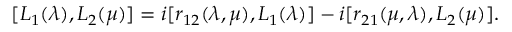
[ L \sb 1 ( \lambda ) , L \sb 2 ( \mu ) ] = i [ r \sb { 1 2 } ( \lambda , \mu ) , L \sb 1 ( \lambda ) ] - i [ r \sb { 2 1 } ( \mu , \lambda ) , L \sb 2 ( \mu ) ] .